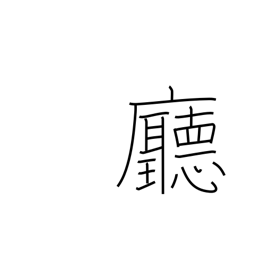
Meaning: hall